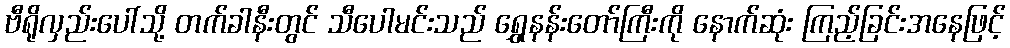
ဗီရိုလှည်းပေါ်သို့ တက်ခါနီးတွင် သီပေါမင်းသည် ရွှေနန်းတော်ကြီးကို နောက်ဆုံး ကြည့်ခြင်းအနေဖြင့်